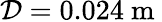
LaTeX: \mathcal{D}=0.024\mathrm{{~m~}}